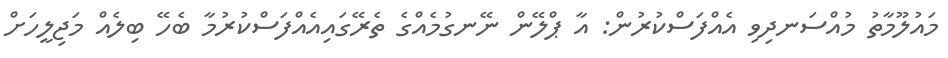
މައުލޫމާތު މުއްސަނދިވި އެއްފަސްކުރުން: އާ ޕްލޭން ނޭނގުމެއްގެ ތެރޭގައިއެއްފަސްކުރުމާ ބެހޭ ބިލެއް މަޖިލީހަށް